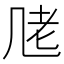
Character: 𱻧